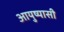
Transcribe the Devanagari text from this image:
आयुष्यासी